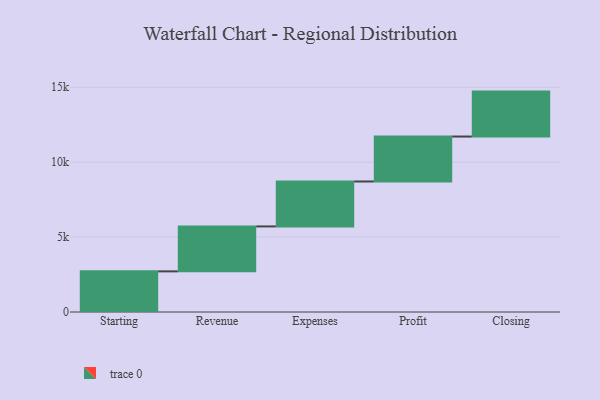
{"axis": {"x": "Step", "y": "Value"}, "legend": [""], "data": [{"x": "Starting", "y": 2712.0, "type": ""}, {"x": "Revenue", "y": 3000, "type": ""}, {"x": "Expenses", "y": 3000, "type": ""}, {"x": "Profit", "y": 3000, "type": ""}, {"x": "Closing", "y": 3000, "type": ""}]}